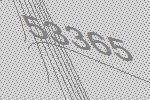
53365